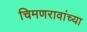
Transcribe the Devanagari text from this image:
चिमणरावांच्या